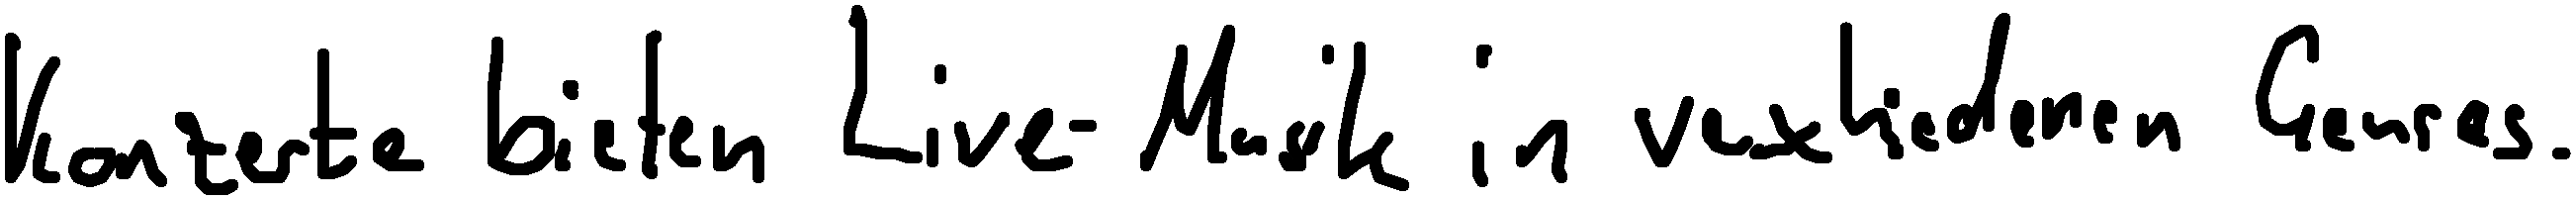
Konzerte bieten Live-Musik in verschiedenen Genres.